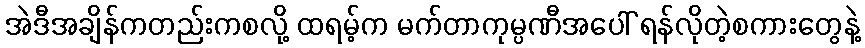
အဲဒီအချိန်ကတည်းကစလို့ ထရမ့်က မက်တာကုမ္ပဏီအပေါ် ရန်လိုတဲ့စကားတွေနဲ့